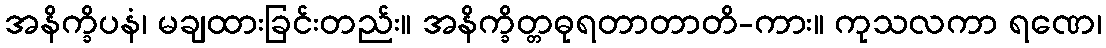
အနိက္ခိပနံ၊ မချထားခြင်းတည်း။ အနိက္ခိတ္တဓုရတာတာတိ-ကား။ ကုသလကာ ရဏေ၊